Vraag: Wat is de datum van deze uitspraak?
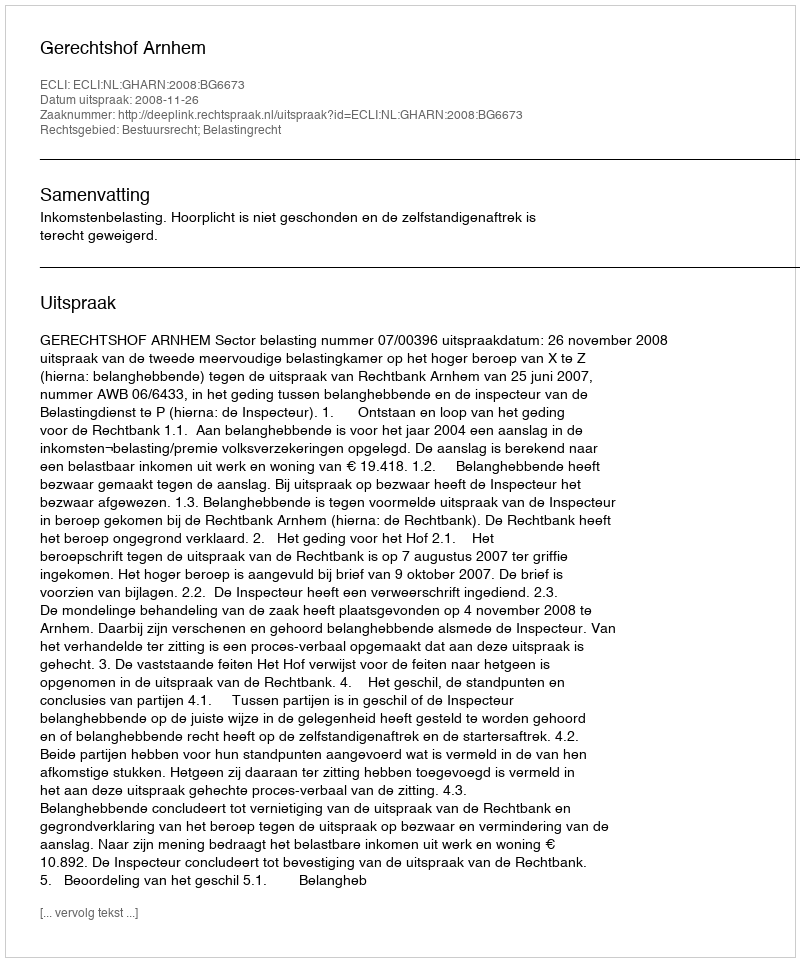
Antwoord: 2008-11-26